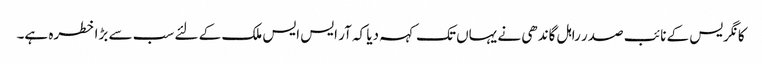
کانگریس کے نائب صدر راہل گاندھی نے یہاں تک کہہ دیا کہ آر ایس ایس ملک کے لئے سب سے بڑا خطرہ ہے۔